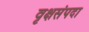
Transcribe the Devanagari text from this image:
वृक्षसंपदा